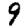
Digit: 9